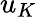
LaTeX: u_{K}